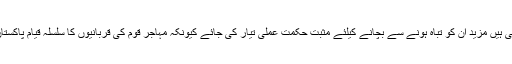
ہماری کئی نسلیں تباہ ہوچکی ہیں مزید ان کو تباہ ہونے سے بچانے کیلئے مثبت حکمت عملی تیار کی جائے کیونکہ مہاجر قوم کی قربانیوں کا سلسلہ قیام پاکستان سے قبل سے جاری ہے ۔